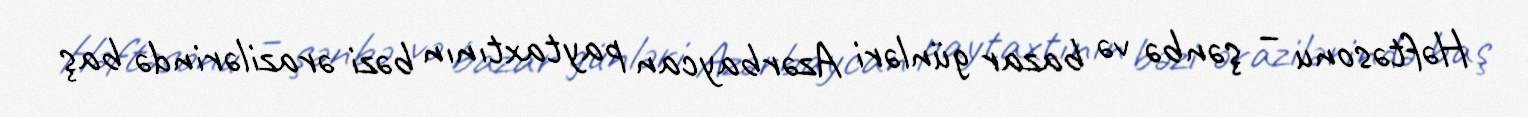
Həftəsonu – şənbə və bazar günləri Azərbaycan paytaxtının bəzi ərazilərində baş